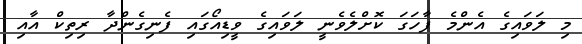
މި ލަވައިގެ އެންމެ ފާހަގަ ކޮށްލެވެނީ ލަވައިގެ ވީޑިއޯގައި ފެނިގެންދާ ރިތިކް އާއި